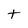
Character: t